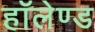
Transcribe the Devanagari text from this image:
हॉलेण्ड